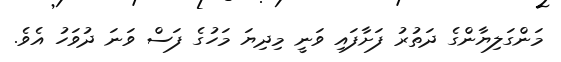
މަންގަލިޔާންގެ ދަތުރު ފަށާފައި ވަނީ މިދިޔަ މަހުގެ ފަސް ވަނަ ދުވަހު އެވެ.